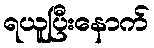
ရယူပြီးနောက်